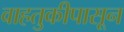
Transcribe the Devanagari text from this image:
वाहतुकीपासून